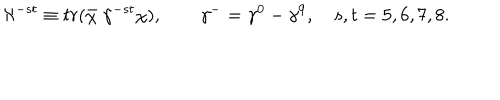
LaTeX: \aleph ^ { - s t } \equiv t r ( \bar { \chi } \; \gamma ^ { - s t } \chi ) , \qquad \gamma ^ { - } = \gamma ^ { 0 } - \gamma ^ { 9 } , \quad s , t = 5 , 6 , 7 , 8 .